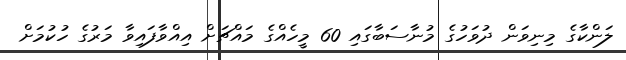
ލަންކާގެ މިނިވަން ދުވަހުގެ މުނާސަބާގައި 60 މީހެއްގެ މައްޗަށް އިއްވާފައިވާ މަރުގެ ހުކުމަށް